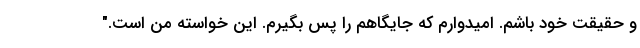
و حقیقت خود باشم. امیدوارم که جایگاهم را پس بگیرم. این خواسته من است."